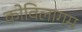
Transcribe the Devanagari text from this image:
कोविलागम